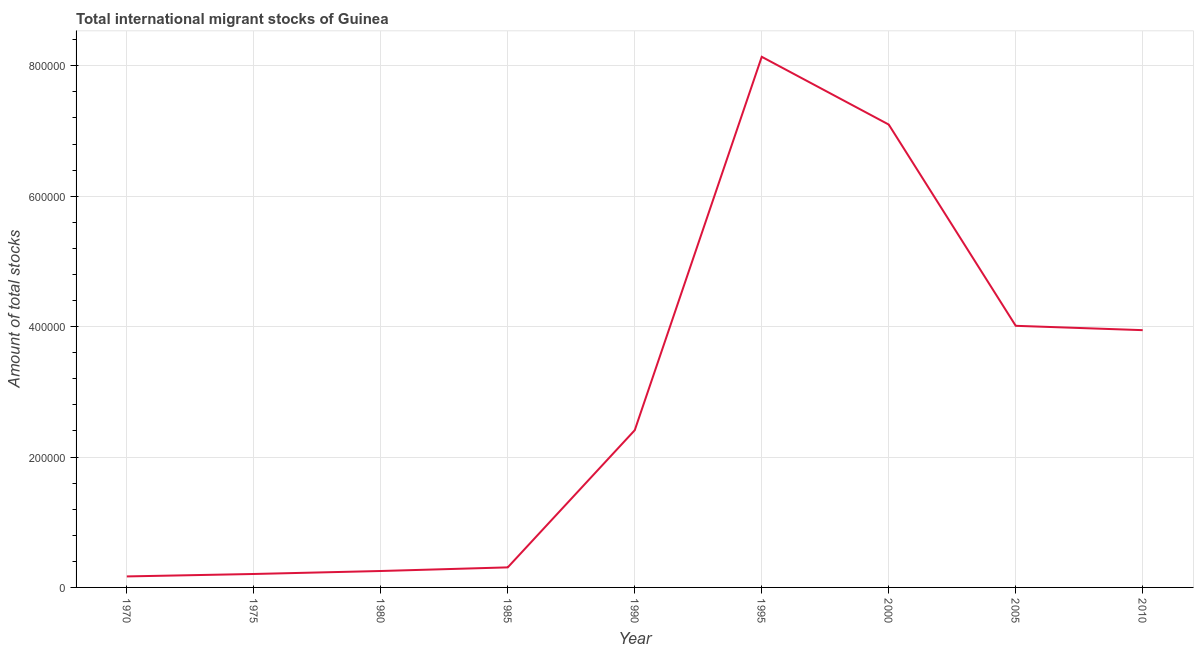
| Year | International migrant stock |
 | --- | --- |
 | 1970 | 1.69e+04 |
 | 1975 | 2.06e+04 |
 | 1980 | 2.52e+04 |
 | 1985 | 3.08e+04 |
 | 1990 | 2.41e+05 |
 | 1995 | 8.14e+05 |
 | 2000 | 7.1e+05 |
 | 2005 | 4.01e+05 |
 | 2010 | 3.95e+05 |